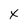
Character: x